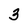
Character: 3